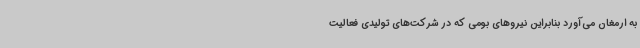
به ارمغان می‌آورد بنابراین نیروهای بومی که در شرکت‌های تولیدی فعالیت